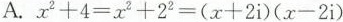
A. $$x ^ { 2 } + 4 = x ^ { 2 } + 2 ^ { 2 } =